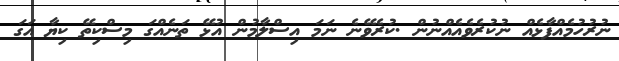
ނުރުހުމެއްފާޅެއް ނުކުރެވެއެއްނުން .ކުރެވޭނެ ނަމަ އިސްލާމުން އުޅޭ ތަނެއްގަ މިސްކިތޭ ކިޔާ އަގަ